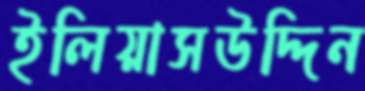
ইলিয়াসউদ্দিন